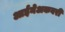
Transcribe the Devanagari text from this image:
आईनेअकबरी